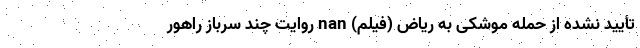
تأیید نشده از حمله موشکی به ریاض (فیلم) nan روایت چند سرباز راهور